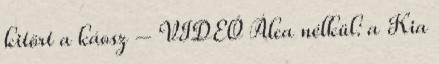
kitört a káosz – VIDEÓ Álca nélkül: a Kia